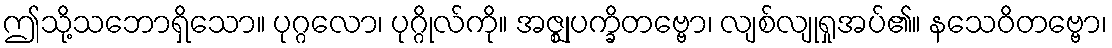
ဤသို့သဘောရှိသော။ ပုဂ္ဂလော၊ ပုဂ္ဂိုလ်ကို။ အဇ္ဈုပက္ခိတဗ္ဗော၊ လျစ်လျုရှုအပ်၏။ နသေဝိတဗ္ဗော၊